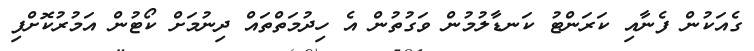
ގެއަކުން ފެނާއި ކަރަންޓު ކަނޑާލުމުން ވަގުތުން އެ ހިދުމަތްތައް ދިނުމަށް ކޯޓުން އަމުރުކޮށްފި